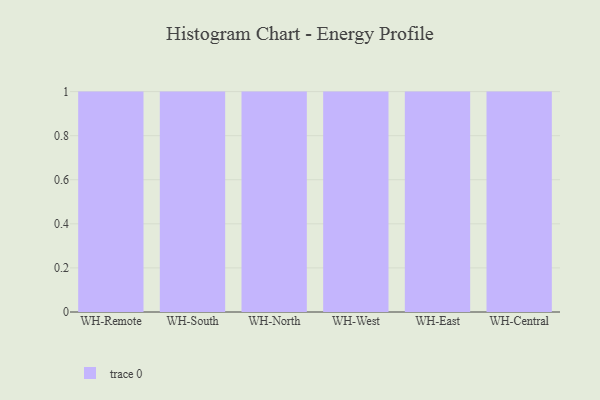
{"axis": {"x": "Warehouse", "y": "Satisfaction Score"}, "legend": [""], "data": [{"x": "WH-Remote", "y": 68, "type": ""}, {"x": "WH-South", "y": 46, "type": ""}, {"x": "WH-North", "y": 50, "type": ""}, {"x": "WH-West", "y": 49, "type": ""}, {"x": "WH-East", "y": 80, "type": ""}, {"x": "WH-Central", "y": 71, "type": ""}]}